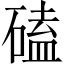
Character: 磕